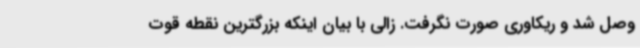
وصل شد و ریکاوری صورت نگرفت. زالی با بیان اینکه بزرگترین نقطه قوت